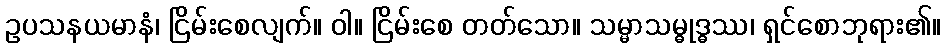
ဥပသနယမာနံ၊ ငြိမ်းစေလျက်။ ဝါ။ ငြိမ်းစေ တတ်သော။ သမ္မာသမ္ဓုဒ္ဓဿ၊ ရှင်စောဘုရား၏။